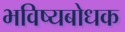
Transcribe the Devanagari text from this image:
भविष्यबोधक